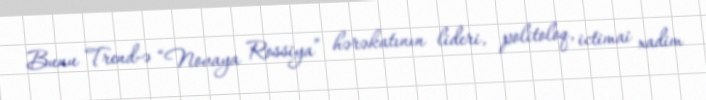
Bunu Trend-ə “Novaya Rossiya” hərəkatının lideri, politoloq, ictimai xadim